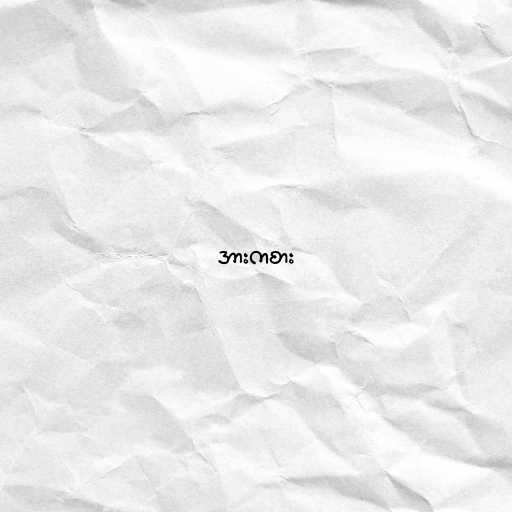
အားကစား